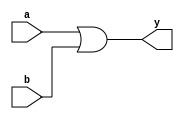
// This program was cloned from: https://github.com/learn-cocotb/tutorial
// License: BSD 2-Clause "Simplified" License

module or_gate(
	input wire a,
	input wire b,
	output wire y
);
assign y=a|b;
endmodule